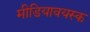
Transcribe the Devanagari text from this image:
मीडियावयस्क